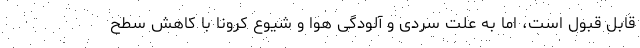
قابل قبول است، اما به علت سردی و آلودگی هوا و شیوع کرونا با کاهش سطح